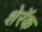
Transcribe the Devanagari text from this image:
शेरॅक